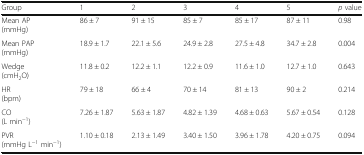
<table><thead><tr><td><b>Group</b></td><td><b>1</b></td><td><b>2</b></td><td><b>3</b></td><td><b>4</b></td><td><b>5</b></td><td><b><i>p</i> value</b></td></tr></thead><tbody><tr><td>Mean AP(mmHg)</td><td>86 ± 7</td><td>91 ± 15</td><td>85 ± 7</td><td>85 ± 17</td><td>87 ± 11</td><td>0.98</td></tr><tr><td>Mean PAP(mmHg)</td><td>18.9 ± 1.7</td><td>22.1 ± 5.6</td><td>24.9 ± 2.8</td><td>27.5 ± 4.8</td><td>34.7 ± 2.8</td><td>0.004</td></tr><tr><td>Wedge(cmH<sub>2</sub>O)</td><td>11.8 ± 0.2</td><td>12.2 ± 1.1</td><td>12.2 ± 0.9</td><td>11.6 ± 1.0</td><td>12.7 ± 1.0</td><td>0.643</td></tr><tr><td>HR(bpm)</td><td>79 ± 18</td><td>66 ± 4</td><td>70 ± 14</td><td>81 ± 13</td><td>90 ± 2</td><td>0.214</td></tr><tr><td>CO(L min<sup>−1</sup>)</td><td>7.26 ± 1.87</td><td>5.63 ± 1.87</td><td>4.82 ± 1.39</td><td>4.68 ± 0.63</td><td>5.67 ± 0.54</td><td>0.128</td></tr><tr><td>PVR(mmHg L<sup>−1</sup> min<sup>−1</sup>)</td><td>1.10 ± 0.18</td><td>2.13 ± 1.49</td><td>3.40 ± 1.50</td><td>3.96 ± 1.78</td><td>4.20 ± 0.75</td><td>0.094</td></tr></tbody></table>